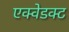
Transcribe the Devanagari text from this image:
एक्वेडक्ट